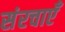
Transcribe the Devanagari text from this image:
संरचाएँ